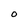
Character: o